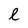
Character: l